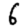
Digit: 6